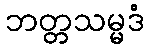
ဘတ္တသမ္မဒံ